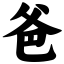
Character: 爸